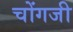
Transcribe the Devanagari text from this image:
चोंगजी